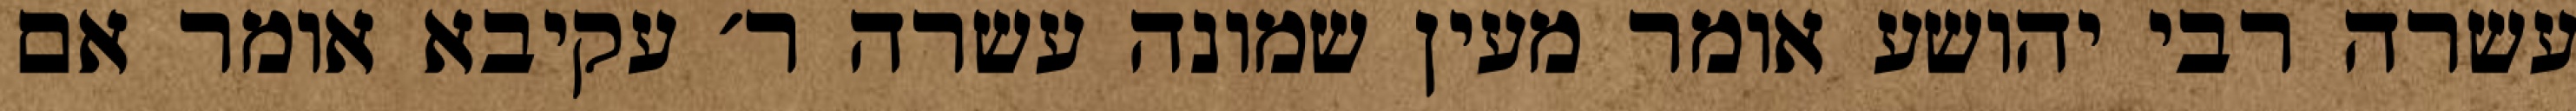
עשרה רבי יהושע אומר מעין שמונה עשרה ר׳ עקיבא אומר אם